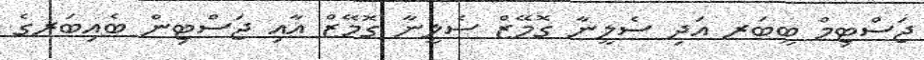
ޖަސްޓިމް ބީބަރ އަދި ސެލީނާ ގޮމޭޒް ސެލީނާ ގޮމޭޒް އާއި ޖަސްޓިން ބެއިބަރގެ